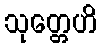
သုတ္တေဟိ